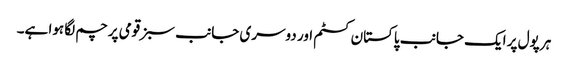
ہر پول پر ایک جانب پاکستان کسٹم اور دوسری جانب سبز قومی پرچم لگا ہوا ہے۔